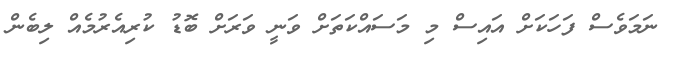
ނަމަވެސް ފަހަކަށް އައިސް މި މަސައްކަތަށް ވަނީ ވަރަށް ބޮޑު ކުރިއެރުމެއް ލިބެން